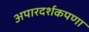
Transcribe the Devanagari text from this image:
अपारदर्शकपणा